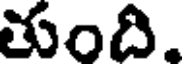
తుంది.